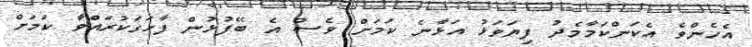
އެހެންވެ އެކަންކަމާމެދު ފިޔަވަޅު އަޅާނެ ކަމަށް ވެސް އެ ބޭފުޅުން ފާހަގަކުރައްވާ ކަމަށް